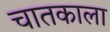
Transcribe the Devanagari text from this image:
चातकाला